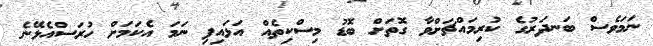
ނަމަވެސް ބަނދަރުގެ ކުރިމައްޗަށްވާ ގޮތަށް ބޮޑު މިސްކިތެއް އަޅައިފި ނަމަ އެކަމަށް ހުރަސްއެޅޭނެ